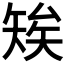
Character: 𥏖